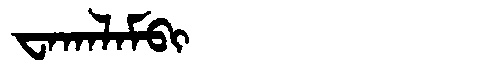
Manchu: ᠸᠠᡴᠠᠯᠠᠮᠪᡳ
Romanization: WAKALAMBI